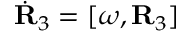
\dot { \bf R } _ { 3 } = [ { \boldsymbol \omega } , { \bf R } _ { 3 } ]